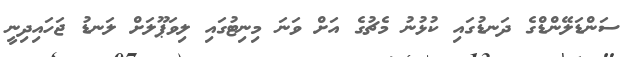
ސަންޑަލޭންޑްގެ ދަނޑުގައި ކުޅުނު މެޗުގެ އަށް ވަނަ މިނިޓުގައި ލިވަޕޫލަށް ލަނޑު ޖަހައިދިނީ